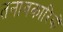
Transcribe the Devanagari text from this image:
तनावकारियों